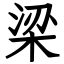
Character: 梁